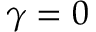
\gamma = 0